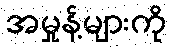
အမှုန့်များကို